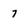
Character: 7